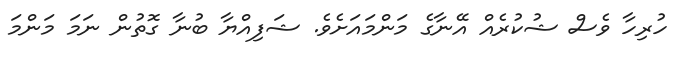
ހުރިހާ ވެސް ޝުކުރެެއް އޭނާގެ މަންމައަށެވެ. ޝަފިއްޔާ ބުނާ ގޮތުން ނަމަ މަންމަ